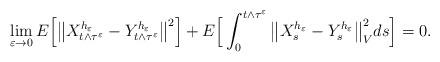
LaTeX: \begin{align*}\lim\limits_{\varepsilon\rightarrow 0}E\Big[\big\|X_{t\wedge\tau^\varepsilon}^{h_\varepsilon}-Y_{t\wedge\tau^\varepsilon}^{h_\varepsilon}\big\|^2\Big]+E\Big[\int_{0}^{t\wedge\tau^\varepsilon}\big\|X_s^{h_\varepsilon}-Y_s^{h_\varepsilon}\big\|_V^2ds\Big]=0.\end{align*}